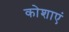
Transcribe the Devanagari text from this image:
कोशाएं